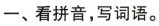
一、看拼音，写词语。